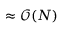
\approx \mathcal { O } ( N )